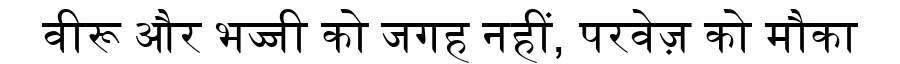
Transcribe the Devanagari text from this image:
वीरू और भज्जी को जगह नहीं, परवेज़ को मौका